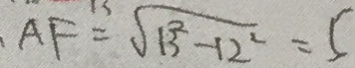
A F = \sqrt { 1 3 ^ { 2 } - 1 2 ^ { 2 } } = 5